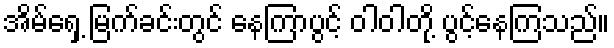
အိမ်ရှေ့ မြက်ခင်းတွင် နေကြာပွင့် ဝါဝါတို့ ပွင့်နေကြသည်။